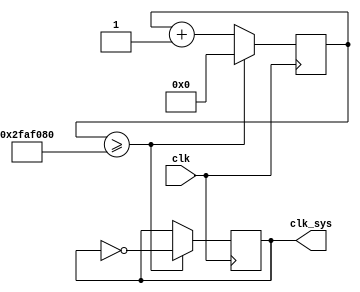
`timescale 1ns / 1ps
//////////////////////////////////////////////////////////////////////////////////
// Company: 
// Engineer: 
// 
// Design Name: 
// Module Name: clk_div
// Project Name: 
// Target Devices: 
// Tool Versions: 
// Description: 
// 
// Dependencies: 
// 
// Revision:
// Revision 0.01 - File Created
// Additional Comments:
// 
//////////////////////////////////////////////////////////////////////////////////


module clk_div(
    clk,
    clk_sys
    );
    input clk;
    output clk_sys;
    
    reg clk_sys=0;
    reg [25:0] counter=0;
    
    always@(posedge clk)
    begin
        if(counter>=50000000)//50000000
        begin
            clk_sys=~clk_sys;
            counter<=0;
        end
        else
        begin
            counter<=counter+1;
        end
    end
    
endmodule